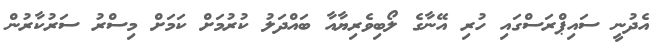
އެދުނީ ސައިޕްރަސްގައި ހުރި އޭނާގެ ލޯބިވެރިޔާއާ ބައްދަލު ކުރުމަށް ކަމަށް މިސްރު ސަރުކާރުން